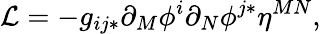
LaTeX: {\cal L}=-g_{ij*}\partial_{M}\phi^{i}\partial_{N}\phi^{j*}\eta^{MN},